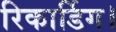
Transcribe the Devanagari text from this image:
रिकार्डिग।